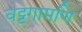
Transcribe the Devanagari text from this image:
वट्टगामणि